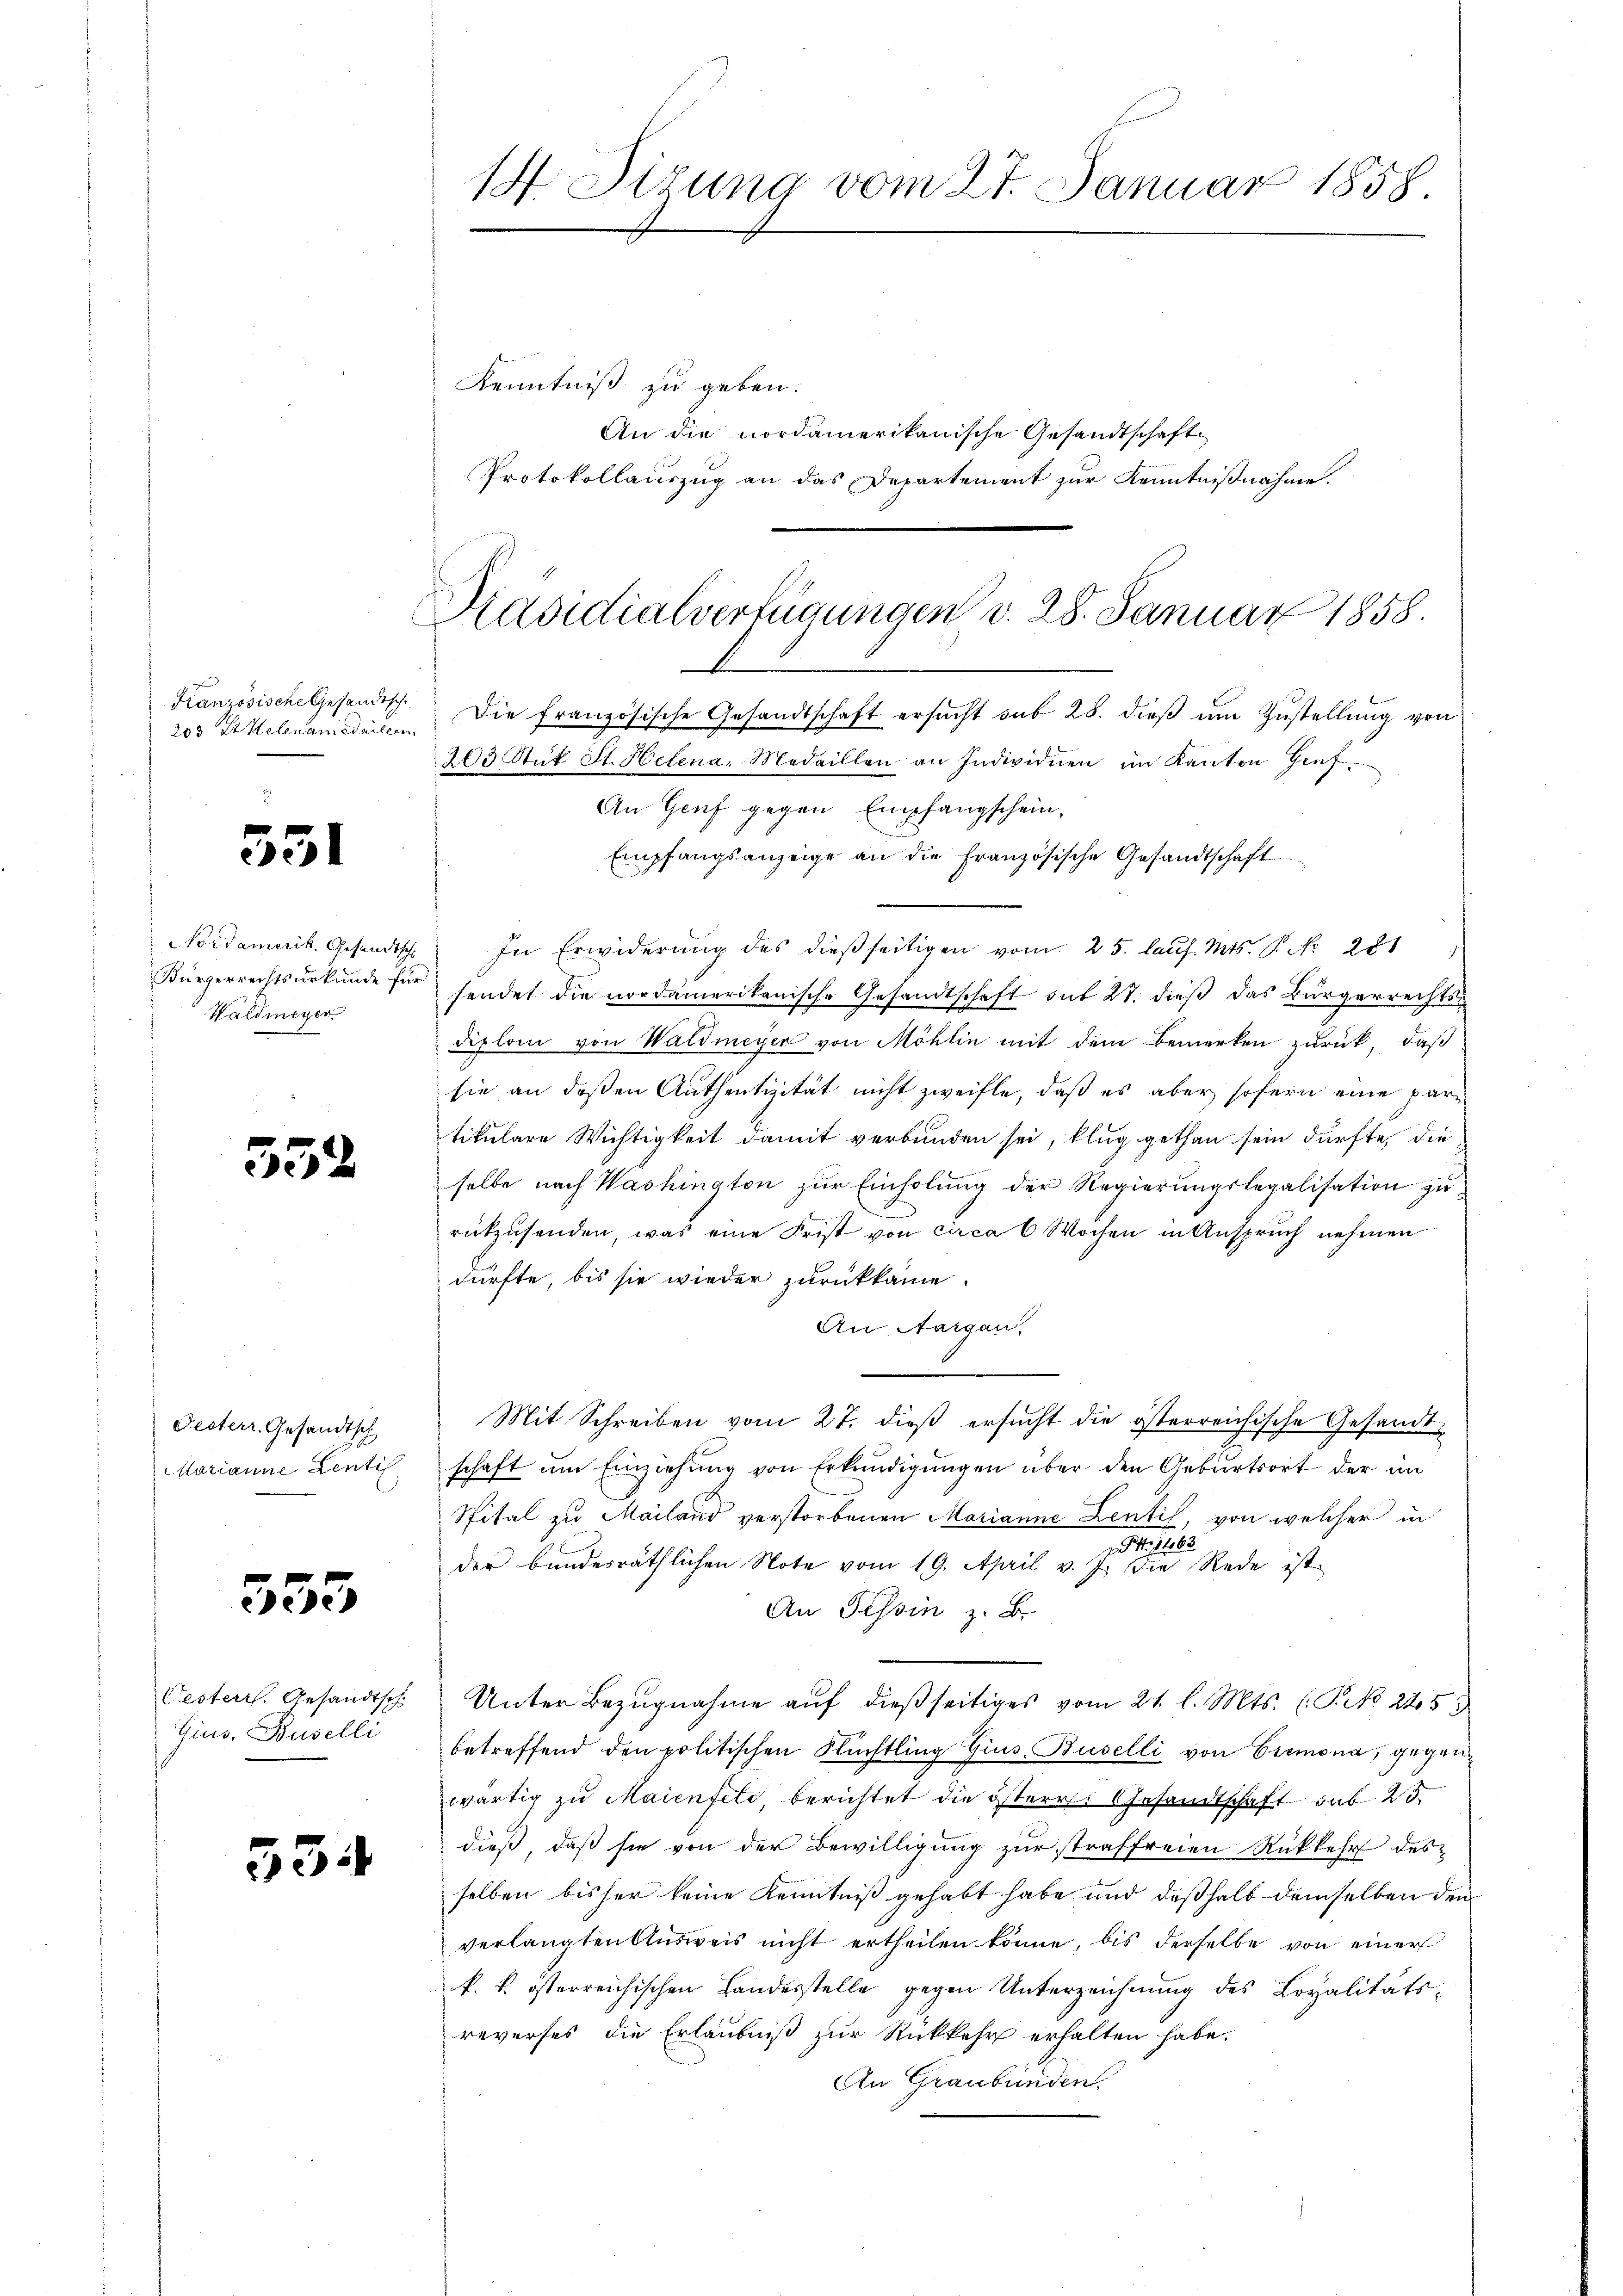
Kranzösische Gesandtsche
203 Lt Helenamedailen

551

Nordamerik. Gesandtsch
Bürgerrechtsurkunde fü
Waldmeyer

552

Festerr. Gesandtsch
Marianne Lentis

353

Festerr. Gesandtsch
Gius, Baselli

534

Kenntniß zu geben.
An die nordamerikanische Gesandtschaft
Protokollauszug an das Departement zur Kenntnißnahme.

14. Sizung vom 27. Januar 1858

Präsidialverfügungen d. 28. Januar 1858.
Die französische Gesandtschaft ersucht sub 28. dieß um Zustellung von
203 Stut St. Helena, Medaillen an Individuen im Kanton Hief
An Genf gegen Empfangschein,

Empfangsanzeige an die französische Gesandtschaft
In Erwiderŭng des dießseitigen vom 25. laŭf. Mts. P. Nr. 221
sendet die nordamerikanische Gesandtschaft sub 27. dieß das Bürgerrechtsdiplom von Waldmeyer von Möhlin mit dem Bemerken zurück, daß
sie an deßen Authentizität nicht zweifle, daß es aber sofern eine partikulare Wichtigkeit damit verbunden sei, klug gethan sein dürfte, die
selbe nach Washington zur Einholung der Regierungslegalisation zurükzusenden, was eine Frist von circa 6 Wochen in Anspruch nehmen
dürfte, bis sie wieder zurückkame.
An Aargau.

Mit Schreiben vom 27. dieß ersucht die österreichische Gesandtschaft um Einziehung von Erkundigungen über den Geburtsort der im
Spital zu Mailand verstorbenen Marianne Zentil, von welcher in
Nr. 1463
der bundesräthlichen Note vom 19. April v. J. die Rede ist
An Tessin z. B.
Unter Bezugnahme auf dießseitiges vom 21. l. Mts. (: P. No 225
betreffend den politischen Flüchtling Gius, Baselli von Cremona, gegen
wärtig zu Maienfeld berichtet die österr. Gesandtschaft sub 25
dieß, daß sie von der Bewilligung zur straffreien Rükkehr des
selben bisher keine Kenntniß gehabt habe und deßhalb demselben dem
verlangten Ausweis nicht ertheilen könne, bis derselbe von einer
k. k. österreichischen Landesstelle gegen Unterzeichnung des Lopalitäts-
reverses die Erlaubniß zur Rückkehr erhalten habe.
An Graubünden.